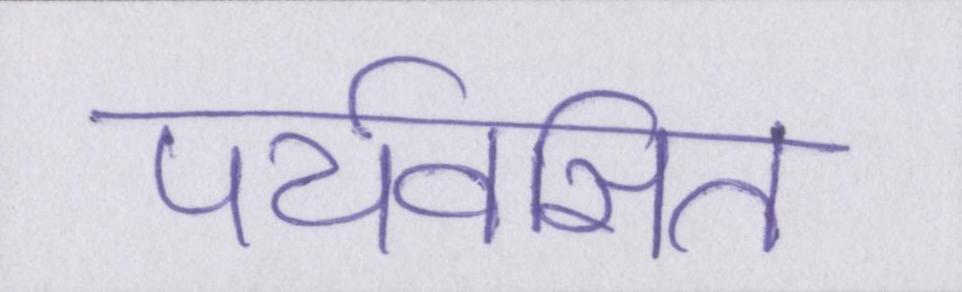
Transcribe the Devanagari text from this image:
पर्यवसित